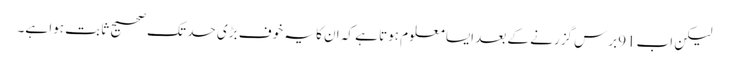
لیکن اب91برس گزرنے کے بعد ایسا معلوم ہوتا ہے کہ ان کا یہ خوف بڑی حد تک صحیح ثابت ہوا ہے۔